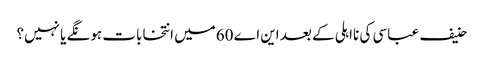
حنیف عباسی کی نااہلی کے بعد این اے 60میں انتخابات ہونگے یا نہیں؟